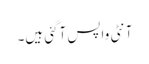
آنٹی واپس آگئی ہیں۔